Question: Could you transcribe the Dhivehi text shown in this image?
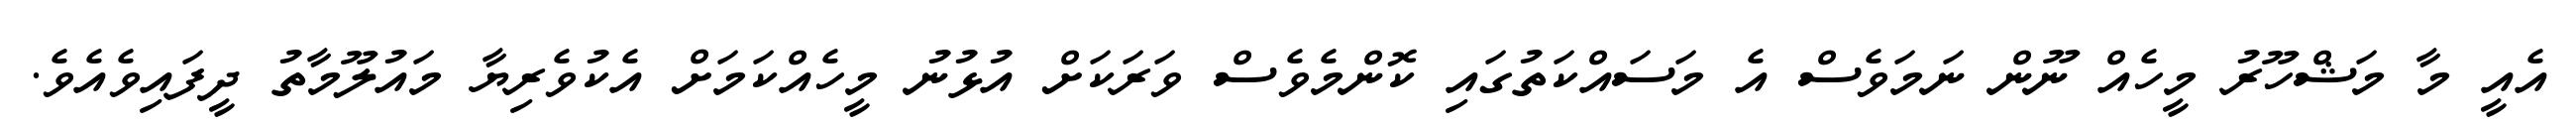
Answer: އެއީ މާ މަޝްހޫރު މީހެއް ނޫން ނަމަވެސް އެ މަސައްކަތުގައި ކޮންމެވެސް ވަރަކަށް އުޅުނު މީހެއްކަމަށް އެކުވެރިޔާ މައުލޫމާތު ދީފައިވެއެވެ.